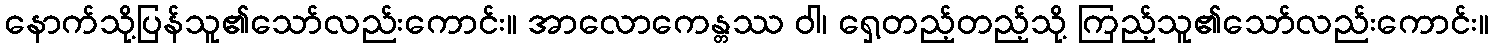
နောက်သို့ပြန်သူ၏သော်လည်းကောင်း။ အာလောကေန္တဿ ဝါ၊ ရှေ့တည့်တည့်သို့ ကြည့်သူ၏သော်လည်းကောင်း။